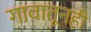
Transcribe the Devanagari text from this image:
गावातूनही